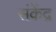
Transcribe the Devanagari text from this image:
संकेंद्र